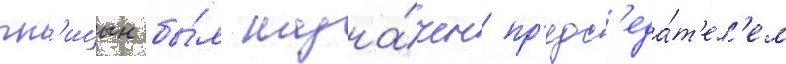
пт'ицын бы́л назна́чен пр'едс'еда́т'ел'ем